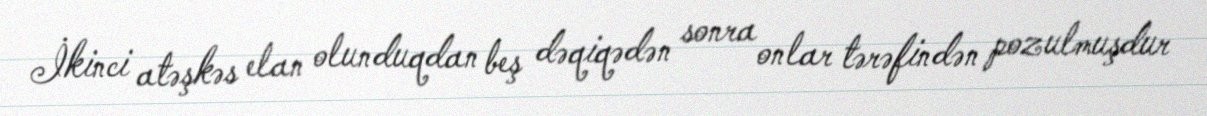
İkinci atəşkəs elan olunduqdan beş dəqiqədən sonra onlar tərəfindən pozulmuşdur